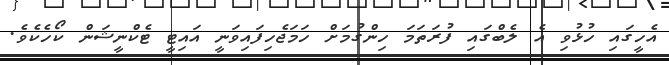
އެހީގައި ހުޅުވި އެ ލެބްގައި ފުރަތަމަ ހިންގުމަށް ހަމަޖެހިފައިވަނީ އައިޓީ ޓެކްނީޝަން ކޯހެކެވެ.